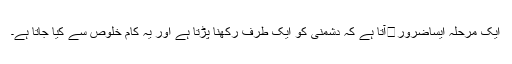
ایک مرحلہ ایساضرور�آتا ہے کہ دشمنی کو ایک طرف رکھنا پڑتا ہے اور یہ کام خلوص سے کیا جاتا ہے۔